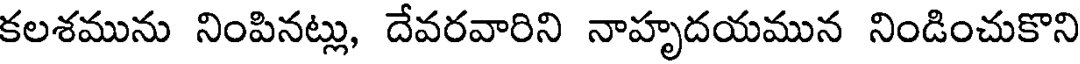
కలశమును నింపినట్లు, దేవరవారిని నాహృదయమున నిండించుకొని